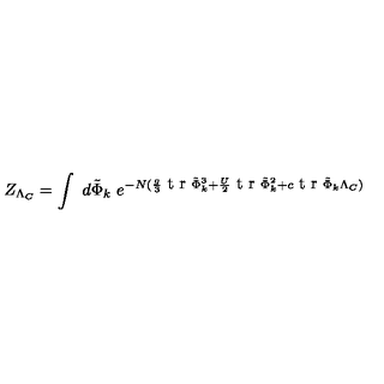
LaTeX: Z _ { \Lambda _ { C } } = \int \ d \tilde { \Phi } _ { k } \ e ^ { - N ( { \frac { g } { 3 } } \makebox { t r } \tilde { \Phi } _ { k } ^ { 3 } + { \frac { U } { 2 } } \makebox { t r } \tilde { \Phi } _ { k } ^ { 2 } + c \makebox { t r } \tilde { \Phi } _ { k } \Lambda _ { C } ) }